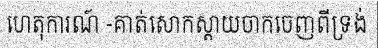
ហេតុការណ៍ -គាត់សោកស្តាយចាកចេញពីទ្រង់